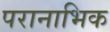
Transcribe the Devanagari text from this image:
परानाभिक